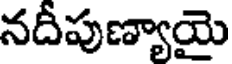
నదీపుణ్యాయై